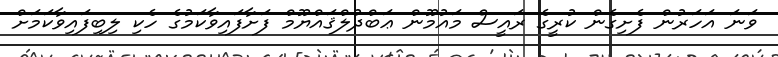
ވަނަ އަހަރުން ފެށިގެން ކުރީގެ ރައީސް މައުމޫން ޢަބްދުލްޤައްޔޫމް ފަށާފައިވާކަމުގެ ހެކި ލިބިފައިވާކަމަށް